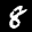
Label: 8